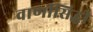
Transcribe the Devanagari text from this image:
वाणीसिद्धी